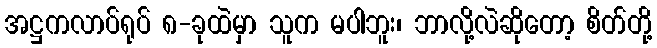
အဋ္ဌကလာပ်ရုပ် ၈-ခုထဲမှာ သူက မပါဘူး၊ ဘာလို့လဲဆိုတော့ စိတ်တို့